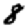
Digit: 8